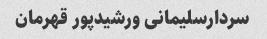
سردارسلیمانی ورشیدپور قهرمان